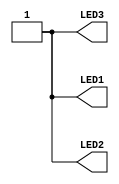
//------------------------------------------------------------------
//-- Hello world example for the icoBOARD board
//-- Turn on all the leds
//------------------------------------------------------------------

module leds(output wire LED1,
            output wire LED2,
            output wire LED3);

assign LED1 = 1'b1;
assign LED2 = 1'b1;
assign LED3 = 1'b1;

endmodule